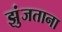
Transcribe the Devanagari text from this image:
झुंजताना